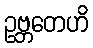
ဥဗ္ဘတေဟိ